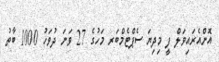
އޮންއެރައިވަލް ފީ މިދިޔަ ސެޕްޓެމްބަރ މަހުގެ 27 ވަނަ ދުވަހު 1000 ބާތު